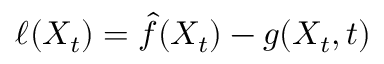
{ \ell ( X _ { t } ) = \hat { f } ( X _ { t } ) - g ( X _ { t } , t ) }